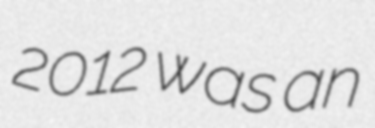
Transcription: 2012 was an